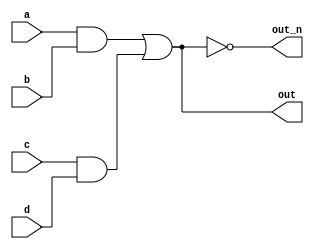
`default_nettype none
module top_module(
    input a,
    input b,
    input c,
    input d,
    output out,
    output out_n   ); 
    
    wire temp_ab;
    wire temp_cd;
    
    assign temp_ab = a & b;
    assign temp_cd = c & d;
    assign out = temp_ab | temp_cd;
    assign out_n = ~(temp_ab | temp_cd);

endmodule